Vaccination report Assam 1896-1927 - 1896-1927
Year: 1896
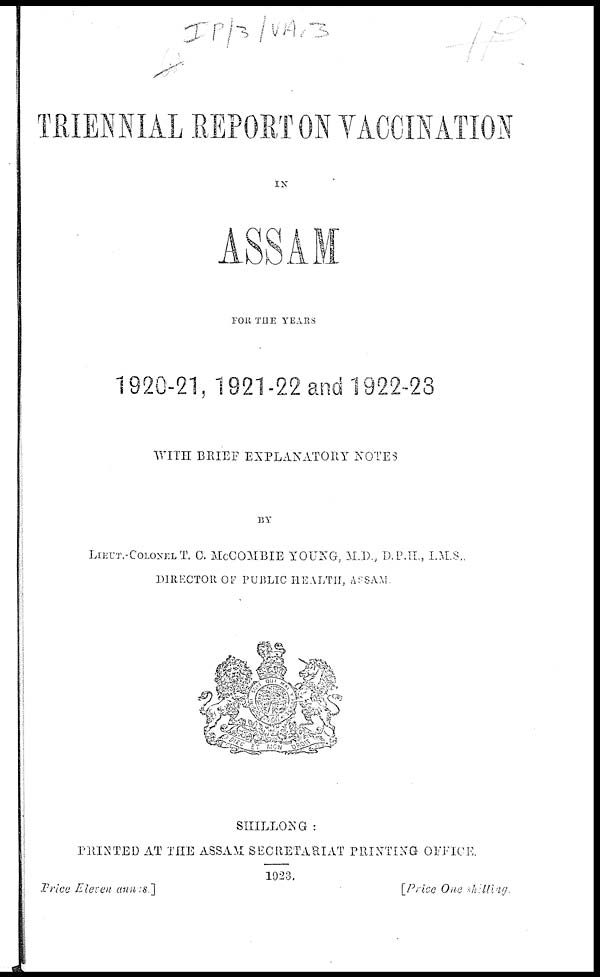
TRIENNIAL REPORT ON VACCINATION
IN
ASSAM
FOR THE YEARS
1920-21, 1921-22 and 1922-23
WITH BRIEF EXPLANATORY NOTES
BY
LIEUT.-COLONEL T. C. McCOMBIE YOUNG, M.D., D.P.H., I.M.S.,
DIRECTOR OF PUBLIC HEALTH, ASSAM
SHILLONG :
PRINTED AT THE ASSAM SECRETARIAT PRINTING OFFICE.
1923.
Price Eleven annas]
[Price One shilling